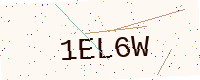
Text: 1EL6W